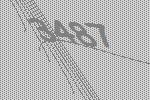
3487